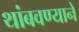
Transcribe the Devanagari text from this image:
थांबवण्याने